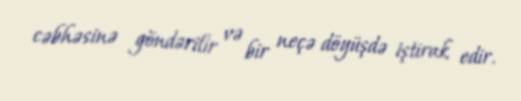
cəbhəsinə göndərilir və bir neçə döyüşdə iştirak edir.